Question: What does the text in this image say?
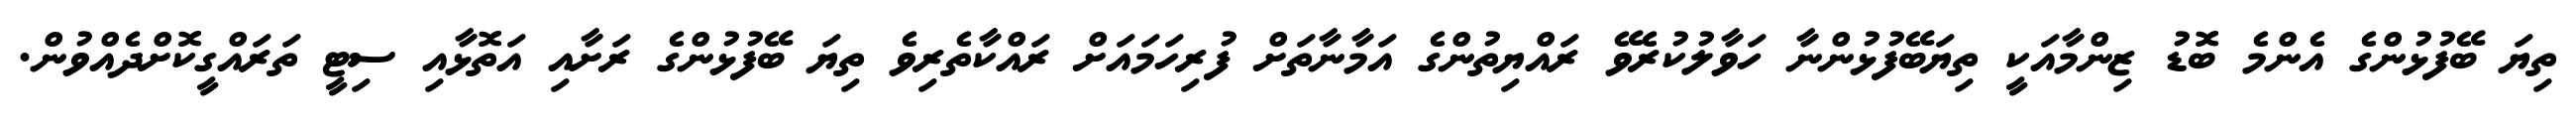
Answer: ތިޔަ ބޭފުޅުންގެ އެންމެ ބޮޑު ޒިންމާއަކީ ތިޔަބޭފުޅުންނާ ހަވާލުކުރެވޭ ރައްޔިތުންގެ އަމާނާތަށް ފުރިހަމައަށް ރައްކާތެރިވެ ތިޔަ ބޭފުޅުންގެ ރަށާއި އަތޮޅާއި ސިޓީ ތަރައްގީކޮށްދެއްވުން.